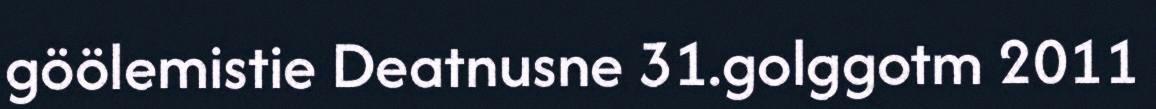
göölemistie Deatnusne 31.golggotm 2011